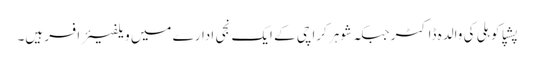
پشپا کوہلی کی والدہ ڈاکٹر جبکہ شوہر کراچی کے ایک نجی ادارے میں ویلفیئر افسر ہیں۔